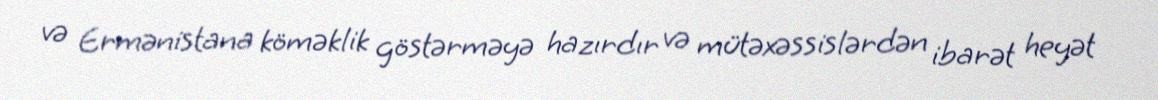
və Ermənistana köməklik göstərməyə hazırdır və mütəxəssislərdən ibarət heyət